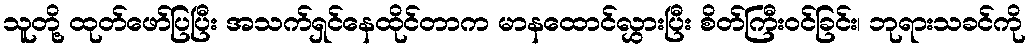
သူတို့ ထုတ်ဖော်ပြပြီး အသက်ရှင်နေထိုင်တာက မာနထောင်လွှားပြီး စိတ်ကြီးဝင်ခြင်း၊ ဘုရားသခင်ကို